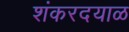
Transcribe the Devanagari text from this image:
शंकरदयाळ